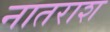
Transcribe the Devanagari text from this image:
नातराश